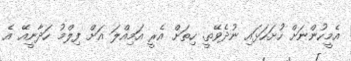
އެމީހުންނަށް ހުށަހަޅައި ނުދެވޭތީ. ހިތަށް އެރީ އަމިއްލަ އަށް ފިލްމު ހަދާނީއޭ އެ